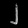
Digit: ၂